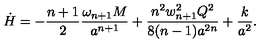
\dot { H } = - { \frac { n + 1 } { 2 } } { \frac { \omega _ { n + 1 } M } { a ^ { n + 1 } } } + { \frac { n ^ { 2 } w _ { n + 1 } ^ { 2 } Q ^ { 2 } } { 8 ( n - 1 ) a ^ { 2 n } } } + { \frac { k } { a ^ { 2 } } } .